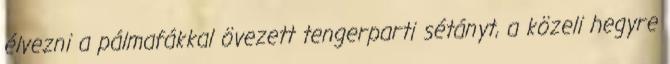
élvezni a pálmafákkal övezett tengerparti sétányt, a közeli hegyre